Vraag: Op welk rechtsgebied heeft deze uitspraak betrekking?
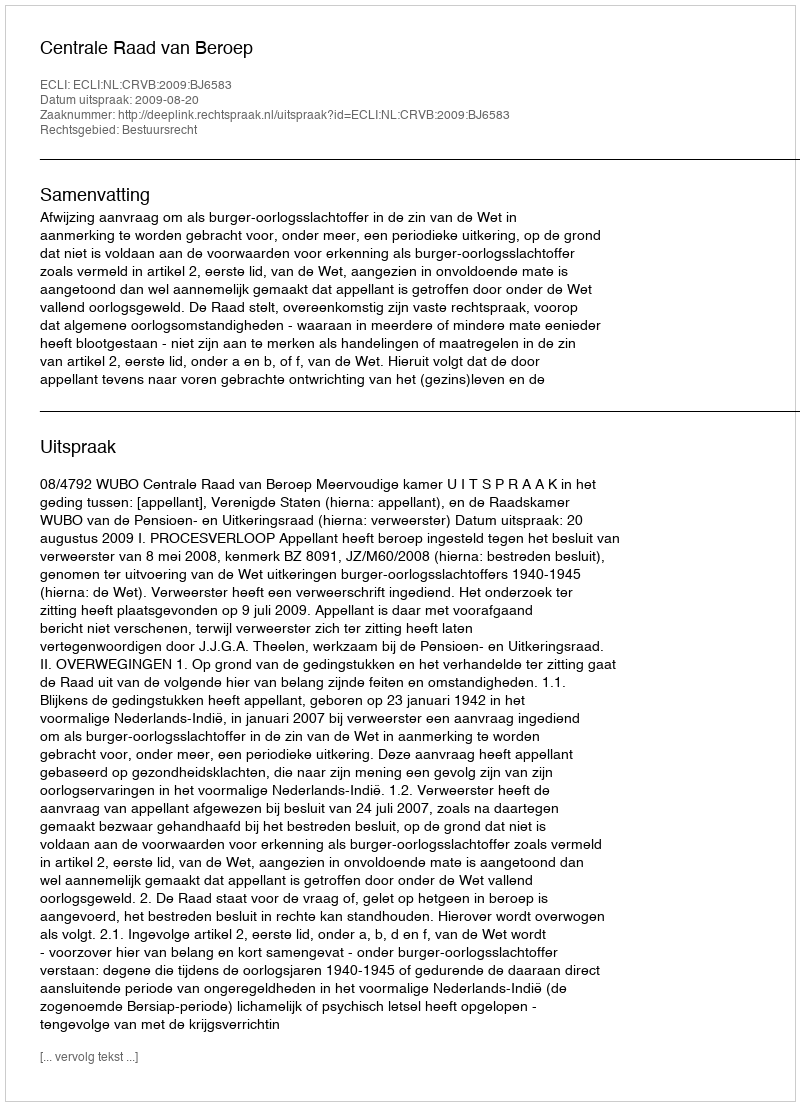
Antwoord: Bestuursrecht